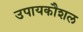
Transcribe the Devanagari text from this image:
उपायकौशल